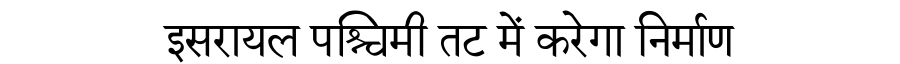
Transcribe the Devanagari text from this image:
इसरायल पश्चिमी तट में करेगा निर्माण